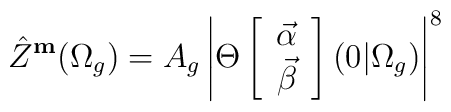
\hat {Z} ^{\bf m}(\Omega _g)=A_g \left | \Theta\left[ \begin{array} {c}{\vec \alpha} \\ {\vec \beta }\end{array} \right] (0 \vert \Omega _g)\right |^8